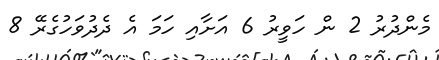
މެންދުރު 2 ން ހަވީރު 6 އަށާއި ހަމަ އެ ދެދުވަހުގެރޭ 8